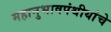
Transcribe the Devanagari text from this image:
महानुभावपंथीयांचे